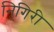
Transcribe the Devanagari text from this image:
निगिरी